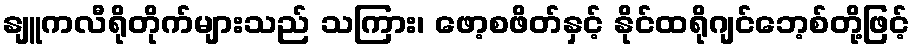
နျူကလီရိုတိုက်များသည် သကြား၊ ဖော့စဖိတ်နှင့် နိုင်ထရိုဂျင်ဘေ့စ်တို့ဖြင့်